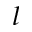
^ { \, l }